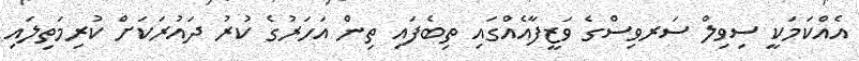
އެއްކަމަކީ ސިވިލް ސަރވިސްގެ ވަޒީފާއެއްގައި ތިބެފައި ތިން އަހަރުގެ ކުރު ދައުރަކަށް ކުރިމަތިލައި